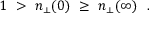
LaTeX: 1 \ > \ n _ { \perp } ( 0 ) \ \ge \ n _ { \perp } ( \infty ) \ \ .